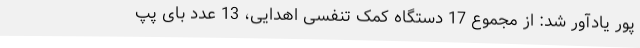
پور یادآور شد: از مجموع 17 دستگاه کمک تنفسی اهدایی، 13 عدد بای پپ